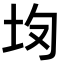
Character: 𡉳